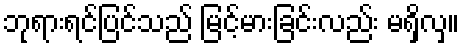
ဘုရားရင်ပြင်သည် မြင့်မားခြင်းလည်း မရှိလှ။